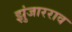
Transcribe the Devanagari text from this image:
झुंजारराव